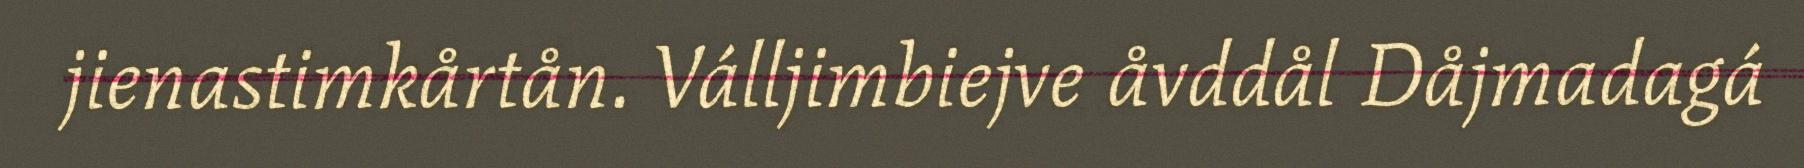
jienastimkårtån. Válljimbiejve åvddål Dåjmadagá